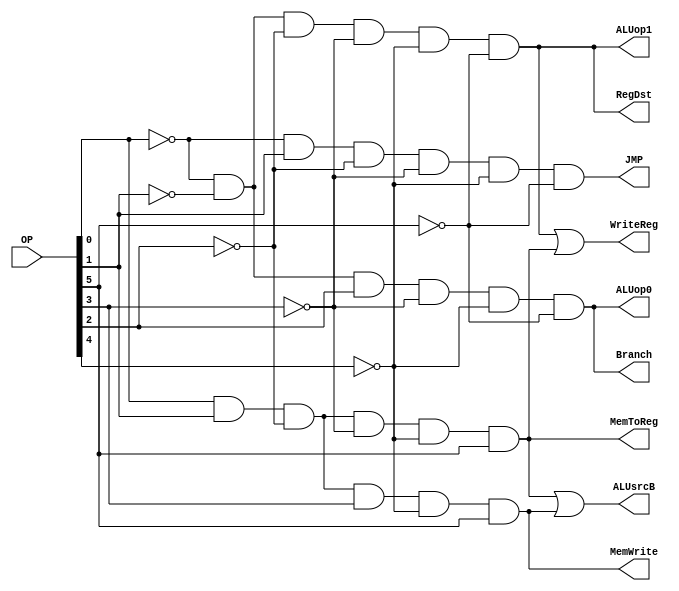
module top(
	input  wire[5:0] OP,
	output wire RegDst,
	output wire ALUsrcB,
	output wire MemToReg,
	output wire WriteReg,
	output wire MemWrite,
	output wire Branch,
	output wire ALUop1,
	output wire ALUop0,
	output wire JMP);

	wire R, LW, SW, BEQ;
	assign R   = ~OP[0] & ~OP[1] & ~OP[2] & ~OP[3] & ~OP[4] & ~OP[5];
	assign LW  =  OP[0] &  OP[1] & ~OP[2] & ~OP[3] & ~OP[4] &  OP[5];
	assign SW  =  OP[0] &  OP[1] & ~OP[2] &  OP[3] & ~OP[4] &  OP[5];
	assign BEQ = ~OP[0] & ~OP[1] &  OP[2] & ~OP[3] & ~OP[4] & ~OP[5];
	assign JMP = ~OP[0] &  OP[1] & ~OP[2] & ~OP[3] & ~OP[4] & ~OP[5];
	
	assign RegDst = R;
	assign ALUsrcB = LW | SW;
	assign MemToReg = LW;
	assign WriteReg = R | LW;
	assign MemWrite = SW;
	assign Branch = BEQ;
	assign ALUop1 = R;
	assign ALUop0 = BEQ;

endmodule